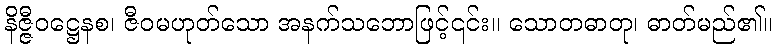
နိဇ္ဇီဝဋ္ဌေနစ၊ ဇီဝမဟုတ်သော အနက်သဘောဖြင့်၎င်း။ သောတဓာတု၊ ဓာတ်မည်၏။